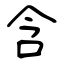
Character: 含